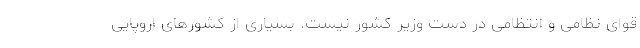
قوای نظامی و انتظامی در دست وزیر کشور نیست. بسیاری از کشورهای اروپایی